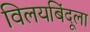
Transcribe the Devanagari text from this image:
विलयबिंदूला